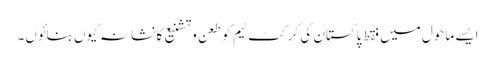
ایسے ماحول میں فقط پاکستان کی کرکٹ ٹیم کو طعن وتشنیع کا نشانہ کیوں بنائوں۔